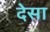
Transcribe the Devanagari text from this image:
देसा